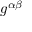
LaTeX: g ^ { \alpha \beta }